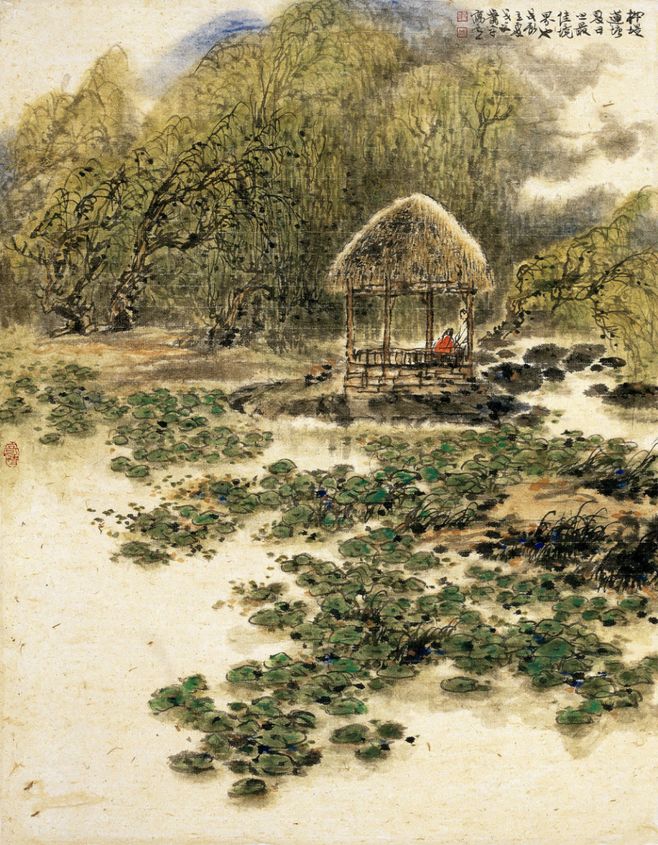
红桥路，正一派画船萧鼓中流住。